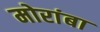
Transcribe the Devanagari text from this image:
मोरांबा